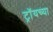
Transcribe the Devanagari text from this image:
ट्रॉयच्या